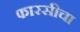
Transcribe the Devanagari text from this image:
फारसीचा